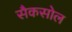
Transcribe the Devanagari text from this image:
सैकसोल